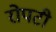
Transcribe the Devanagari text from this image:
रोपटी